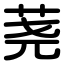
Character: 荛